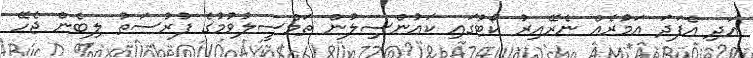
އަދި އެފަދަ އަމުރެއް ނެރޭއިރު ކޯޓުގައި ކައުންސިލުން ތަމްސީލުވުމުގެ ފުރުސަތު ލިބެން ޖެހޭ